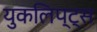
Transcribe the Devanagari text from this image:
युकलिप्ट्स